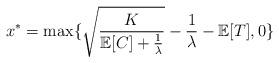
LaTeX: \begin{align*}x^{*}=\max\{\sqrt{\frac{K}{\mathbb{E}[C]+\frac{1}{\lambda}}}-\frac{1}{\lambda}-\mathbb{E}[T],0\}\end{align*}